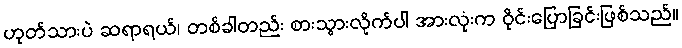
ဟုတ်သားပဲ ဆရာရယ်၊ တစ်ခါတည်း စားသွားလိုက်ပါ အားလုံးက ဝိုင်းပြောခြင်းဖြစ်သည်။